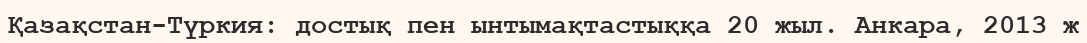
Қазақстан-Түркия: достық пен ынтымақтастыққа 20 жыл. Анкара, 2013 ж